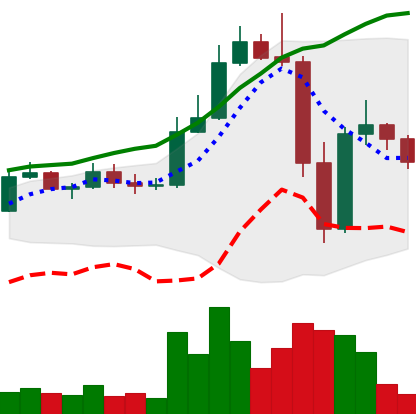
Ticker: LTC-USD
Chart end date: 2022-11-13
Forward return: 8.97%
Label: up_7plus